Rangoon Lunatic Asylum 1898-1906 - 1898-1906
Year: 1898
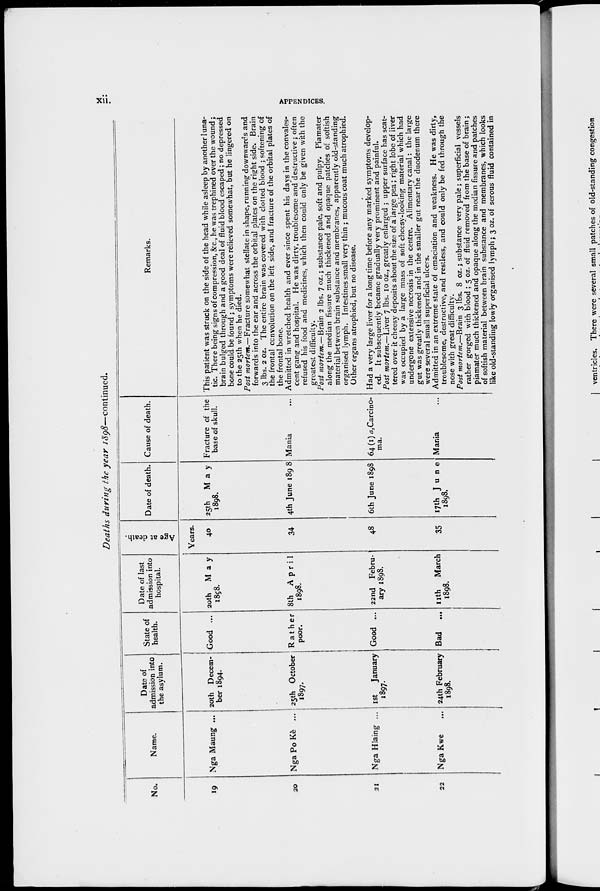
xii.
APPENDICES.
Deaths during the year 1898—continued.
No.
19
20
21
22
Name.
Nga Maung ...
Nga Po Kè ...
Nga Hlaing ...
Nga Kwe ...
Date of
admission into
the asylum.
20th Decem-
ber 1894.
25th October
1897.
1st January
1897.
24th February
1898.
State of
health.
Good ...
Rather
poor.
Good ...
Bad ...
Date of last
admission into
hospital.
20th
May
1898.
8th April
1898.
22nd Febru-
ary 1898.
11th March
1898.
Age at death.
Years.
40
34
48
35
Date of death.
25th
May
1898.
4th June 1898
6th June 1898
17th June
1898.
Cause of death.
Fracture of the
base of skull.
Mania ...
64(1) a,Carcino-
ma.
Mania ...
Remarks.
This patient was struck on the side of the head while asleep by another luna-
tic. There being signs of compression, &c., he was trephined over the wound;
brain bulged through and a good deal of fluid blood escaped; no depressed
bone could be found ; symptoms were relieved somewhat, but he lingered on
to the 25th when he died.
Post mortem.—Fracture somewhat stellate in shape, running downwards and
forwards into the ear and across the orbital plates on the right side. Brain
3 lbs. 2 oz. The entire brain was covered with clotted blood ; softening of
the frontal convolution on the left side, and fracture of the orbital plates of
the frontal bone.
Admitted in wretched health and ever since spent his days in the convales-
cent gang and hospital. He was dirty, troublesome and destructive; often
refused his food and medicines, which then could only be given with the
greatest difficulty.
Post mortem.— Brain 2 lbs. 7 oz.; substance pale, soft and pulpy. Piamater
along the median fissure much thickened and opaque patches of softish
material between brain substance and membranes, apparently old-standing
organised lymph. Intestines small very thin ; mucous coat much atrophied.
Other organs atrophied, but no disease.
Had a very large liver for a long time before any marked symptoms develop-
ed. It subsequently became gradually very prominent and painful.
Post mortem.— Liver 7 lbs. 10 oz., greatly enlarged ; upper surface has scat-
tered over it cheesy deposits about the size of a large pea; right lobe of liver
was occupied by a large mass of soft cheesy-looking material which had
undergone extensive necrosis in the centre. Alimentary canal: the large
gut was greatly thickened and in the smaller gut near the duodenum there
were several small superficial ulcers.
Admitted in an extreme state of emaciation and weakness. He was dirty,
troublesome, destructive, and restless, and could only be fed through the
nose with great difficulty.
Post mortem.—Brain 3 lbs. 8 oz.; substance very pale; superficial vessels
rather gorged with blood ; 5 oz. of fluid removed from the base of brain ;
piamater much thickened and opaque along the median fissure and patches
of softish material between brain substance and membranes, which looks
like old-standing lowly organised lymph; 3 oz. of serous fluid contained in